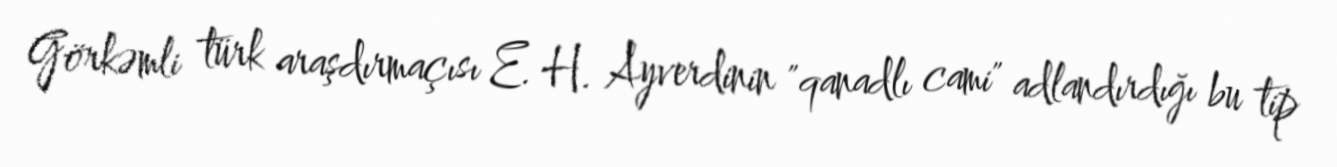
Görkəmli türk araşdırmaçısı E. H. Ayverdinin "qanadlı cami" adlandırdığı bu tip